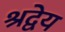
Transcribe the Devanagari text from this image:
श्रद्वेय